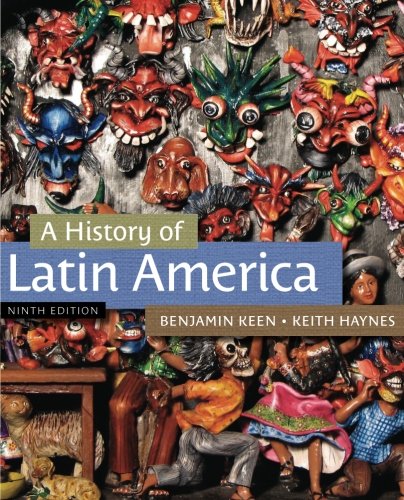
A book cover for A History of Latin America; Benjamin Keen; History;